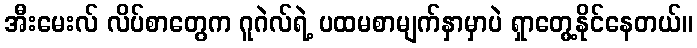
အီးမေးလ် လိပ်စာတွေက ဂူဂဲလ်ရဲ့ ပထမစာမျက်နှာမှာပဲ ရှာတွေ့နိုင်နေတယ်။